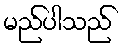
မည်ပါသည်